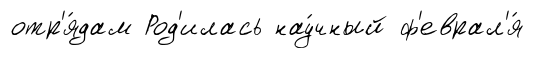
отр'я́дам Род'илась нау́чный ф'еврал'я́